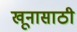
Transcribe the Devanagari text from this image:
खूनासाठी